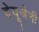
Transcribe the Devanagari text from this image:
देयूजेनी